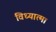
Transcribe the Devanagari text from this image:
विध्यात्मा